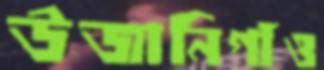
উজানিগাঁও